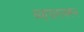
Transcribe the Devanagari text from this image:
व्यापारावरून